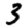
Digit: 3